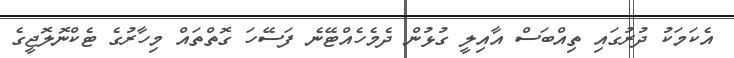
އެކަމަކު ދުރުގައި ތިއްބަސް އާއިލީ ގުޅުން ދެމެހެއްޓޭނެ ފަސޭހަ ގޮތްތައް މިހާރުގެ ޓެކްނޮލޮޖީގެ